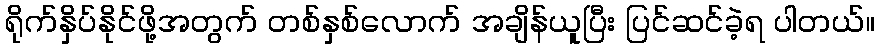
ရိုက်နှိပ်နိုင်ဖို့အတွက် တစ်နှစ်လောက် အချိန်ယူပြီး ပြင်ဆင်ခဲ့ရ ပါတယ်။